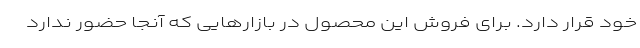
خود قرار دارد. برای فروش این محصول در بازارهایی که آنجا حضور ندارد